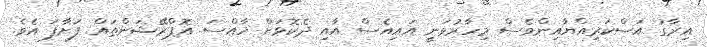
އިރާގު އަސްކަރިއްޔާއިންވެސް މިހާރުވަނީ އައިއެސް އާއި ދެކޮޅަށް ހާއްސަ އޮޕްރޭޝަންތައް ފަށާފަ އެވެ.